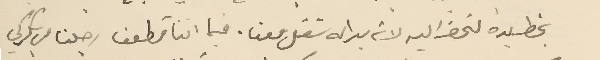
بخط يده لنحضر اليه لانه بدا له شغل معنا. فيما اننا قطعنا رجلنا من بكركي